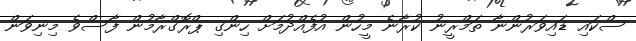
ސްކައި ޑައިވަރުންނާ ތަމްރީނު ކުރާނެ މީހުން އުފެއްދުމަށް ހިންގި ޕްރޮގްރާމުން ފާސްވެ މިނިވަން